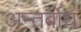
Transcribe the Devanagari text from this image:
अन्तर्बोध